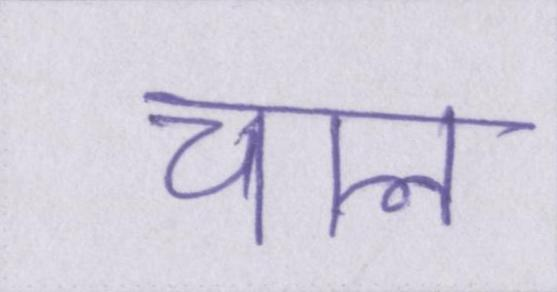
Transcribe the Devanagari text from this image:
चाल